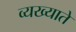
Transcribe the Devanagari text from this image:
व्यख्याते